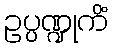
ဥပ္ပဏ္ဍုကိံ